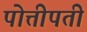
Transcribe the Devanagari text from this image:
पोत्तीपती